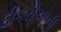
દીકરીઓની